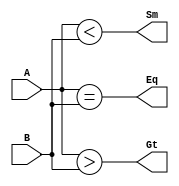
/***********************************
    4-bit Comparator - BEHAVIOURAL
***********************************/

module comparator_4_df2(Eq, Gt, Sm, A, B);
input [3:0]A,B;
output reg Eq, Gt, Sm;

always @(*) begin
    Eq = (A==B);
    Gt = (A>B);
    Sm = (A<B);    
end

endmodule